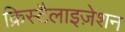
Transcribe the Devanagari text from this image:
क्रिस्टैलाइज़ेशन